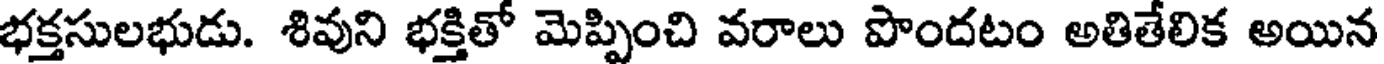
భక్తసులభుడు. శివుని భక్తితో మెప్పించి వరాలు పొందటం అతితేలిక అయిన